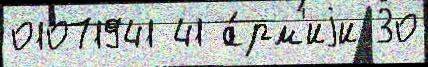
01071941 41 а́рм'иjи 30